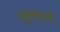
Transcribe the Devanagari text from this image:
ख़ुषहाली